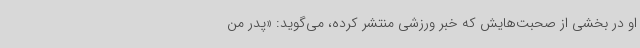
او در بخشی از صحبت‌هایش که خبر ورزشی منتشر کرده، می‌گوید: «پدر من